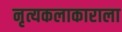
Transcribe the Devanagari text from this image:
नृत्यकलाकाराला